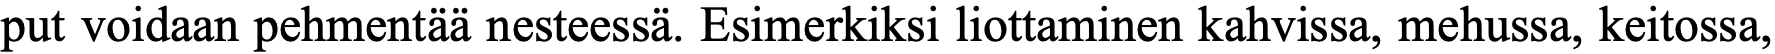
put voidaan pehmentää nesteessä. Esimerkiksi liottaminen kahvissa, mehussa, keitossa,